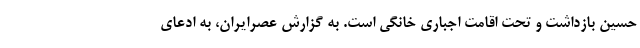
حسین بازداشت و تحت اقامت اجباری خانگی است. به گزارش عصرایران، به ادعای